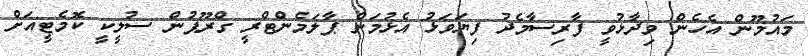
މައުމޫން އެހެން ވިދާޅުވީ ފާރިސާމެދު ފިޔަވަޅު އެޅުމަށް ޕާލަމެންޓްރީ ގްރޫޕުން ސުލީކީ ކޮމެޓީއަށް